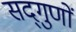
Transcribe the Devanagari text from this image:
सद्‌गुणों